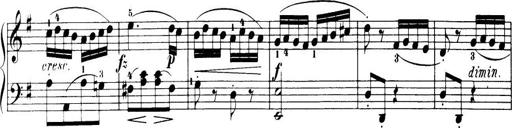
Title: 32 Sonatinas and Rondos for the Piano
Composer: Richard Kleinmichel